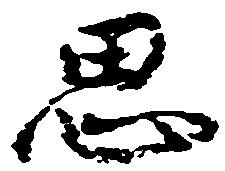
思